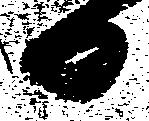
日